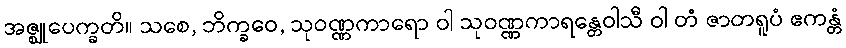
အဇ္ဈုပေက္ခတိ။ သစေ, ဘိက္ခဝေ, သုဝဏ္ဏကာရော ဝါ သုဝဏ္ဏကာရန္တေဝါသီ ဝါ တံ ဇာတရူပံ ဧကန္တံ